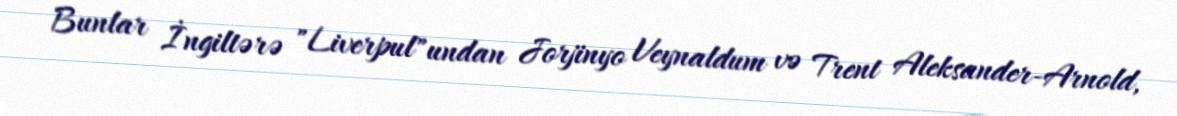
Bunlar İngiltərə "Liverpul"undan Jorjinyo Veynaldum və Trent Aleksander-Arnold,